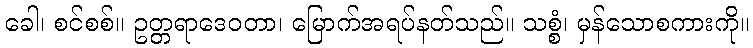
ခေါ၊ စင်စစ်။ ဥတ္တရာဒေဝတာ၊ မြောက်အရပ်နတ်သည်။ သစ္စံ၊ မှန်သောစကားကို။